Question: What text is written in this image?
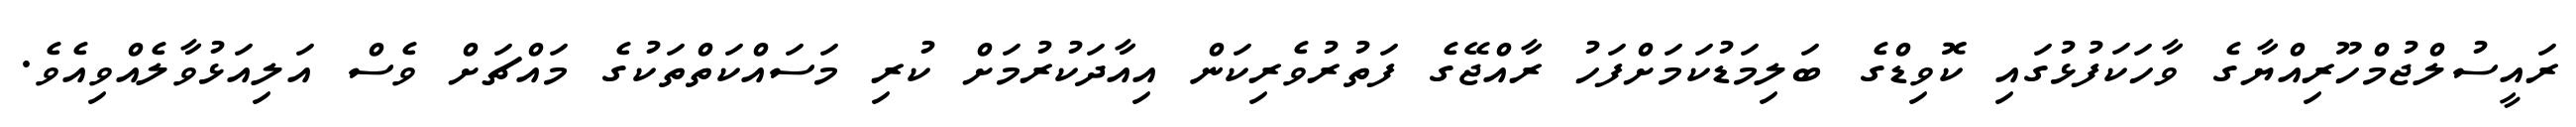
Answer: ރައީސުލްޖުމްހޫރިއްޔާގެ ވާހަކަފުޅުގައި ކޮވިޑްގެ ބަލިމަޑުކަމަށްފަހު ރާއްޖޭގެ ފަތުރުވެރިކަން އިއާދަކުރުމަށް ކުރި މަސައްކަތްތަކުގެ މައްޗަށް ވެސް އަލިއަޅުވާލެއްވިއެވެ.